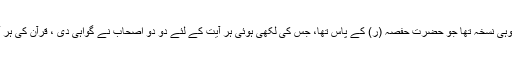
سب سے پہلے نسخہ کے بارے میں یہ معلوم ہوتا ہے کہ یہ وہی نسخہ تھا جو حضرت حفصہ (ر) کے پاس تھا، جس کی لکھی ہوئی ہر آیت کے لئے دو دو اصحاب نے گواہی دی ، قرآن کی ہر آیت لکھی ہوئی اور یاد کی ہوئی دوبار تصدیق شدہ لکھی گئی۔